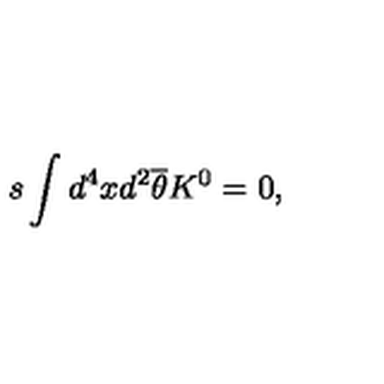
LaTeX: s \int d ^ { 4 } x d ^ { 2 } \overline { { \theta } } K ^ { 0 } { { } } = 0 ,